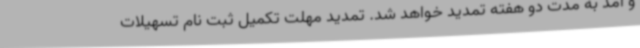
و آمد به مدت دو هفته تمدید خواهد شد. تمدید مهلت تکمیل ثبت نام تسهیلات